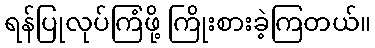
ရန်ပြုလုပ်ကြံဖို့ ကြိုးစားခဲ့ကြတယ်။